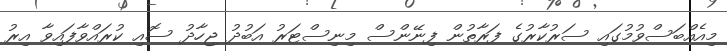
މިއެއްބަސްވުމުގައި ސަރުކާރުގެ ފަރާތުން ފިނޭންސް މިނިސްޓަރު އަބުދު ޖިހާދު ސޮއި ކުރައްވާފައިވާ އިރު